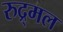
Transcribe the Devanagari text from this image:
रुद्र्मल